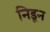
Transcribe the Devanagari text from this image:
निडून